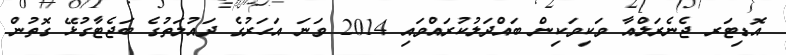
އޮޑިޓަރ ޖެނެރަލްއާ ވަކިވަކިން ބައްދަލުކުރައްވައި 2014 ވަނަ އަހަރުގެ ދައުލަތުގެ ބަޖެޓާގުޅޭ ގޮތުން